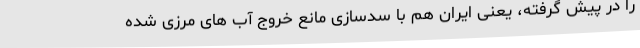
را در پیش گرفته، یعنی ایران هم با سدسازی مانع خروج آب های مرزی شده